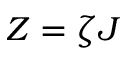
Z = \zeta J